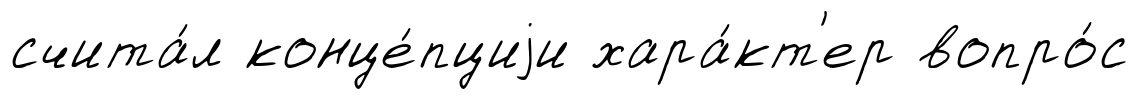
счита́л конце́пциjи хара́кт'ер вопро́с